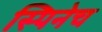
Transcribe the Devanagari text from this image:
स्पिनेच